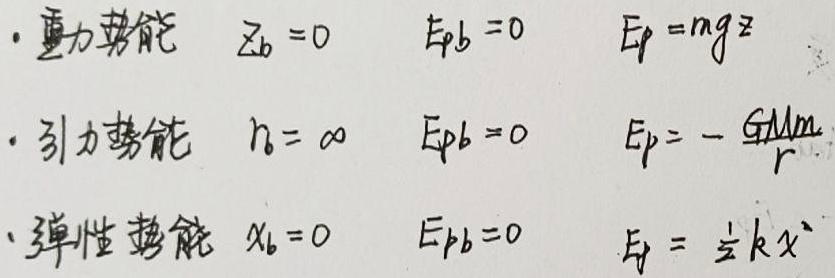
- 重力势能：当\(z_b = 0\)，\(E_{pb}=0\)时，\(E_p = mgz\)。
- 引力势能：当\(r_b=\infty\)，\(E_{pb}=0\)时，\(E_p=-\frac{GMm}{r}\)。
- 弹性势能：当\(x_b = 0\)，\(E_{pb}=0\)时，\(E_p=\frac{1}{2}kx^{2}\)。